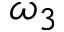
\omega _ { 3 }